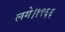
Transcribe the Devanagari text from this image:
लगे।१९६६